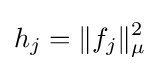
h_{j}=\|f_{j}\|_{\mu }^{2}